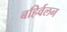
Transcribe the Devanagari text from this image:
बहिर्वलन